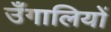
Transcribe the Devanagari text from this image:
उँगालियों